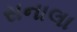
સનાલા